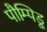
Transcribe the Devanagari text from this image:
पौम्पिडू